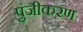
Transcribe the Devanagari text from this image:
पुंजीकरण